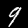
Digit: 9